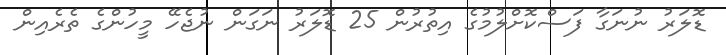
ޑޮލަރު ނުނަގާ ފަސްކޮށްލުމުގެ އިތުރުން 25 ޑޮލަރު ނަގަން ނުޖެހޭ މީހުންގެ ތެރެއިން